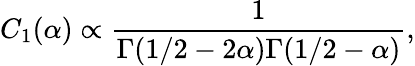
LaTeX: C_{1}(\alpha)\propto\frac{1}{\Gamma(1/2-2\alpha)\Gamma(1/2-\alpha)},